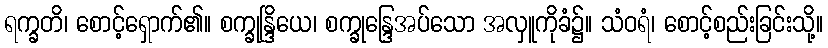
ရက္ခတိ၊ စောင့်ရှောက်၏။ စက္ခုန္ဒြိယေ၊ စက္ခုန္ဒြေအပ်သော အလှူကိုခံ၌။ သံဝရံ၊ စောင့်စည်းခြင်းသို့။